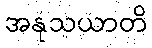
အနုသယာတိ